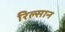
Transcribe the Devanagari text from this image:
रिल्सान